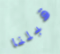
قبلنا